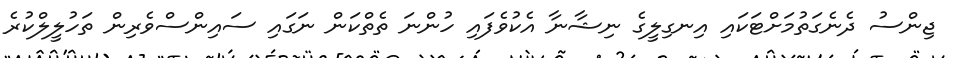
ޖިންސު ދެނެގަތުމަށްޓަކައި އިނގިލީގެ ނިޝާނާ އެކުވެފައި ހުންނަ ތެތްކަން ނަގައި ސައިންސްވެރިން ތަހުލީލްކުރެ